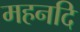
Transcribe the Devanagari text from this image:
महनदि